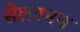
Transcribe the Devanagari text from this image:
सेल्ज़मन